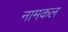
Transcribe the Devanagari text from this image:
नामकल